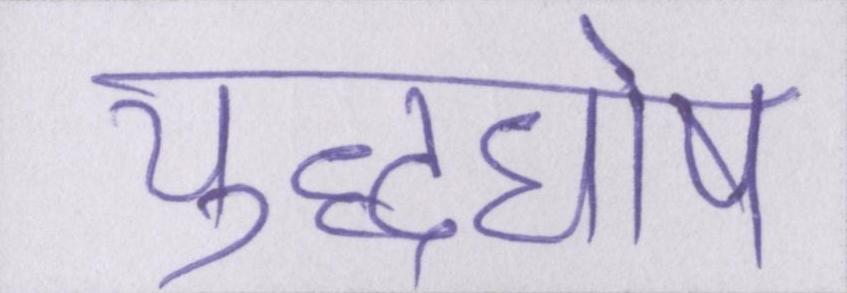
युद्धघोष